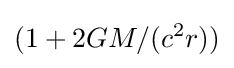
(1+2GM/(c^{2}r))